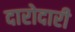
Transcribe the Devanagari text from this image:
दारोदारी